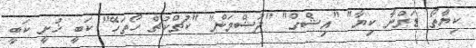
ކިޔާތޯ ޑަރްނާ ކިޔާ" "އިޝްގް" "ދުޝްމަން" "ކުޗްކުޗް ހޯތަހޭ" ކަބީ ޚުށީ ކަބީ